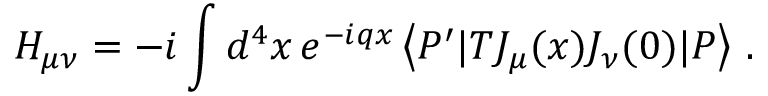
H _ { \mu \nu } = - i \int d ^ { 4 } x \, e ^ { - i q x } \left< P ^ { \prime } | T J _ { \mu } ( x ) J _ { \nu } ( 0 ) | P \right> \, .